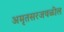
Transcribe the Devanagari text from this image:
अमृतसरजवळील